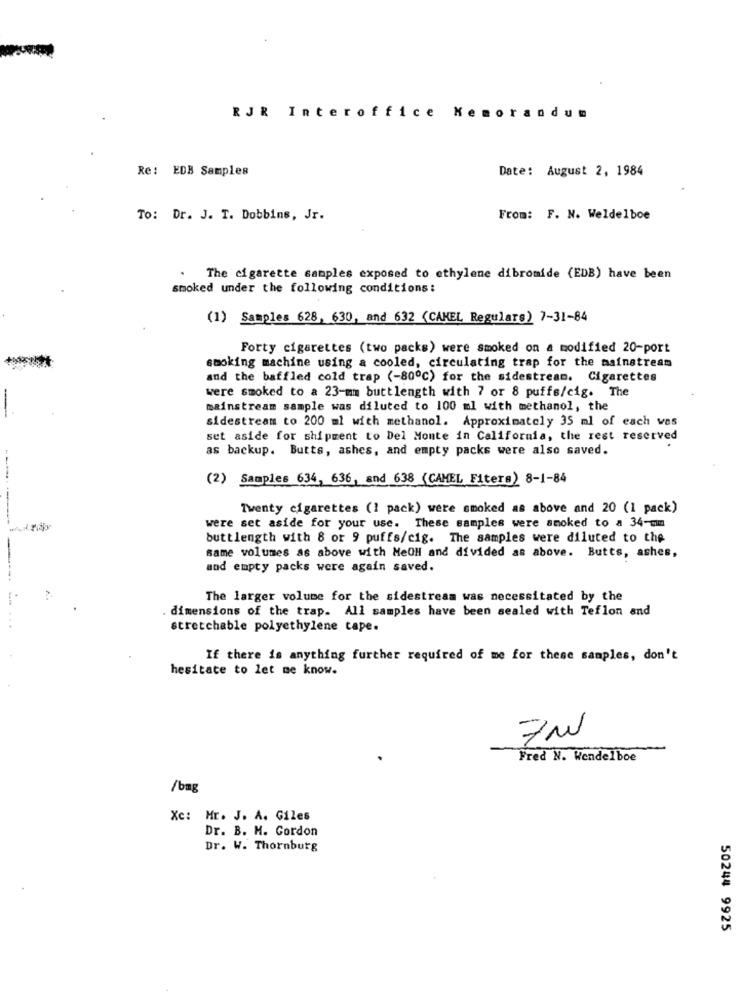
RJR Interoffi
e
Memorandum
Re: EDB Samples
Date: August 2, 1984
To: Dr. J. T. Dobbins, Jr.
From: F. N. Weldelboe
The cigarette samples exposed to ethylene dibromide (EDB) have been
smoked under the following conditions:
(1) Samples 628, 630, and 632 (CAKEL Regulars) 7-31-84
Forty cigarettes (two packs) were smoked on a modified 20-port
smoking machine using a cooled, circulating trap for the mainstream
and the baffled cold trap (-800℃) for the sidestream. Cigarettes
were smoked to a 23-mm buttlength with 7 or 8 puffe/cig. The
mainstream sample was diluted to 100 ml with methanol, the
sidestream to 200 ml with methanol. Approximately 35 ml of each vas
set aside for shipment to Del Monte in California, the rest reserved
as backup. Butts, ashes, and empty packs were also saved.
(2) Samples 634, 636, and 638 (CAMEL Fiters) 8-1-84
Twenty cigarettes (1 pack) were smoked as above and 20 (1 pack)
were set aside for your use. These samples were smoked to a 34-mim
buttlength with 8 or 9 puffs/cig. The samples were diluted to the
same volumes as above with MeOH and divided as above. Butts, ashes,
and empty packs were again saved.
The larger volume for the sidestream was necessitated by the
. dimensions of the trap. All samples have been sealed with Teflon and
stretchable polyethylene cape.
If there is anything further required of me for these samples, don't
hesitate to let me know.
7w
Fred N. Wendelboe
/bmg
Xc: Mr. J. A. Giles
Dr. B. M. Gordon
Dr. W. Thornburg
50244 9925